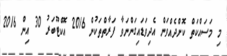
މި މަސައްކަތް ކޮށްދެއްވަން އެދިވަޑައިގަންނަވާ ފަރާތްތަކުން 2016 އޮކްޓޫބަރު 30 އިން 2016